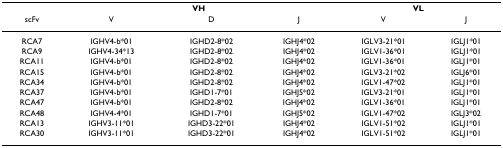
|  | <COLSPAN=3> VH | <COLSPAN=2> VL |
 | scFv | V | D | J | V | J |
 | --- | --- | --- | --- | --- | --- |
 | RCA7 | IGHV4-b*01 | IGHD2-8*02 | IGHJ4*02 | IGLV3-21*01 | IGLJ1*01 |
 | RCA9 | IGHV4-34*13 | IGHD2-8*02 | IGHJ4*02 | IGLV1-36*01 | IGLJ1*01 |
 | RCA11 | IGHV4-b*01 | IGHD2-8*02 | IGHJ4*02 | IGLV1-36*01 | IGLJ1*01 |
 | RCA15 | IGHV4-b*01 | IGHD2-8*02 | IGHJ4*02 | IGLV3-21*02 | IGLJ6*01 |
 | RCA34 | IGHV4-b*01 | IGHD2-8*02 | IGHJ4*02 | IGLV1-47*02 | IGLJ1*01 |
 | RCA37 | IGHV4-b*01 | IGHD1-7*01 | IGHJ5*02 | IGLV3-21*01 | IGLJ1*01 |
 | RCA47 | IGHV4-b*01 | IGHD2-8*02 | IGHJ4*02 | IGLV1-36*01 | IGLJ1*01 |
 | RCA48 | IGHV4-4*01 | IGHD1-7*01 | IGHJ5*02 | IGLV1-47*02 | IGLJ3*02 |
 | RCA13 | IGHV3-11*01 | IGHD3-22*01 | IGHJ4*02 | IGLV1-51*02 | IGLJ1*01 |
 | RCA30 | IGHV3-11*01 | IGHD3-22*01 | IGHJ4*02 | IGLV1-51*02 | IGLJ1*01 |